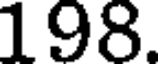
198.